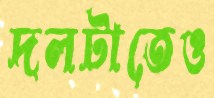
দলটাতেও